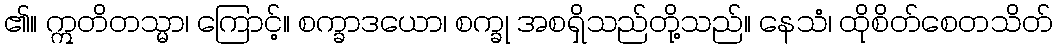
၏။ ဣတိတသ္မာ၊ ကြောင့်။ စက္ခာဒယော၊ စက္ခု အစရှိသည်တို့သည်။ နေသံ၊ ထိုစိတ်စေတသိတ်